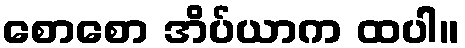
စောစော အိပ်ယာက ထပါ။